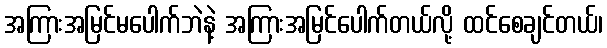
အကြားအမြင်မပေါက်ဘဲနဲ့ အကြားအမြင်ပေါက်တယ်လို့ ထင်စေချင်တယ်၊